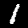
Label: 1